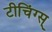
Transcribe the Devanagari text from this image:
टीचिंग्स्‌